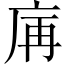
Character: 𢈖